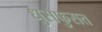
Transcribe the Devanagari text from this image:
धुसफुसत